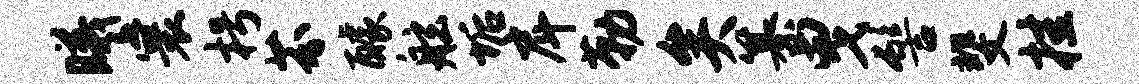
曦寰枵芬醵舷垢戽勒矣纂曳髻斐挂